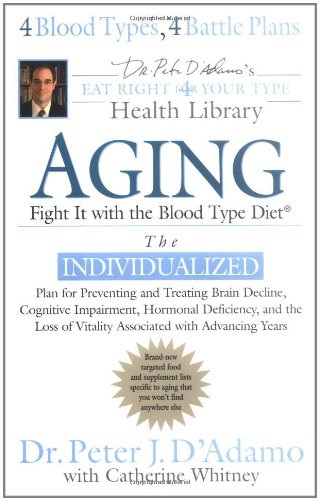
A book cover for Aging: Fight it w/ the Blood Type Diet (Eat Right 4 Your Type Health Library); Dr. Peter J. D'Adamo; Health, Fitness & Dieting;